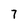
Character: 7